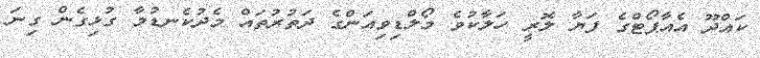
ކައްދޫ އެއާޕޯޓްގެ ފަޔާ ލޮރީ ހަލާކުވެ މޯލްޑިވިއަންގެ ދަތުރުތައް މެދުކެނޑުމާ ގުޅިގެން ގިނަ